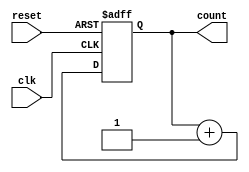
module cascaded_counter #(
    parameter N = 4  // Number of bits in the counter
) (
    input wire clk,     // Clock signal
    input wire reset,   // Asynchronous reset signal
    output reg [N-1:0] count // Current count output
);

// Always block for the counter logic
always @(posedge clk or posedge reset) begin
    if (reset) begin
        count <= 0; // Reset the counter to 0
    end else begin
        count <= count + 1; // Increment the counter
    end
end

endmodule